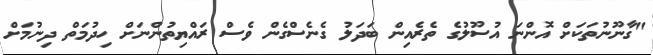
"ގާނޫނުތަކަށް އޮންނަ އުސޫލުގެ ތެރެއިން ބަދަލު ގެނެސްގެން ވެސް ރައްޔިތުންނަށް ހިދުމަތް ދިނުމަށް